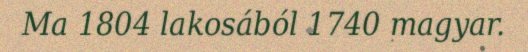
Ma 1804 lakosából 1740 magyar.